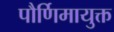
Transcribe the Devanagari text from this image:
पौर्णिमायुक्त